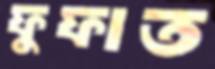
ফুফাত